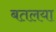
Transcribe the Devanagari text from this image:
बतलया